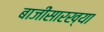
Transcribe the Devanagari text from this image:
बाजींसारख्या